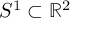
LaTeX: S ^ { 1 } \subset \mathbb { R } ^ { 2 }